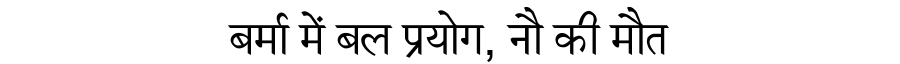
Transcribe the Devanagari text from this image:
बर्मा में बल प्रयोग, नौ की मौत